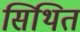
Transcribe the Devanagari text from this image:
सिथित